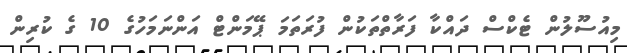
މިއުސޫލުން ޓެކްސް ދައްކާ ފަރާތްތަކުން ފުރަތަމަ ޕޭމަންޓް އަންނަމަހުގެ 10 ގެ ކުރިން